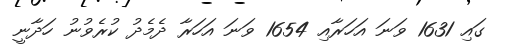
ގައި 1631 ވަނަ އަހަރާއި 1654 ވަނަ އަހަރާ ދެމެދު ކުރެވުނު ހަދާނީ